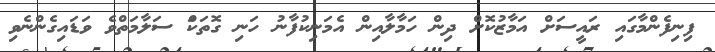
ފިނިފެންމާގައި ރައީސަށް އަމާޒުކޮށް ދިން ހަމާލާއިން އެމަނިކުފާނު ހަނި ގޮތަކަް ސަލާމަތްވެ ވަޑައިގެންނެވި